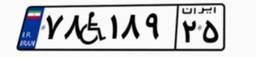
۵۲W۸۹۸۰۳